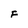
Character: F